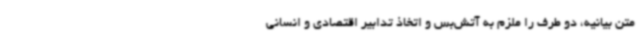
متن بیانیه، دو طرف را ملزم به آتش‌بس و اتخاذ تدابیر اقتصادی و انسانی